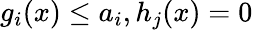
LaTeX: g_{i}(x)\leq a_{i},h_{j}(x)=0